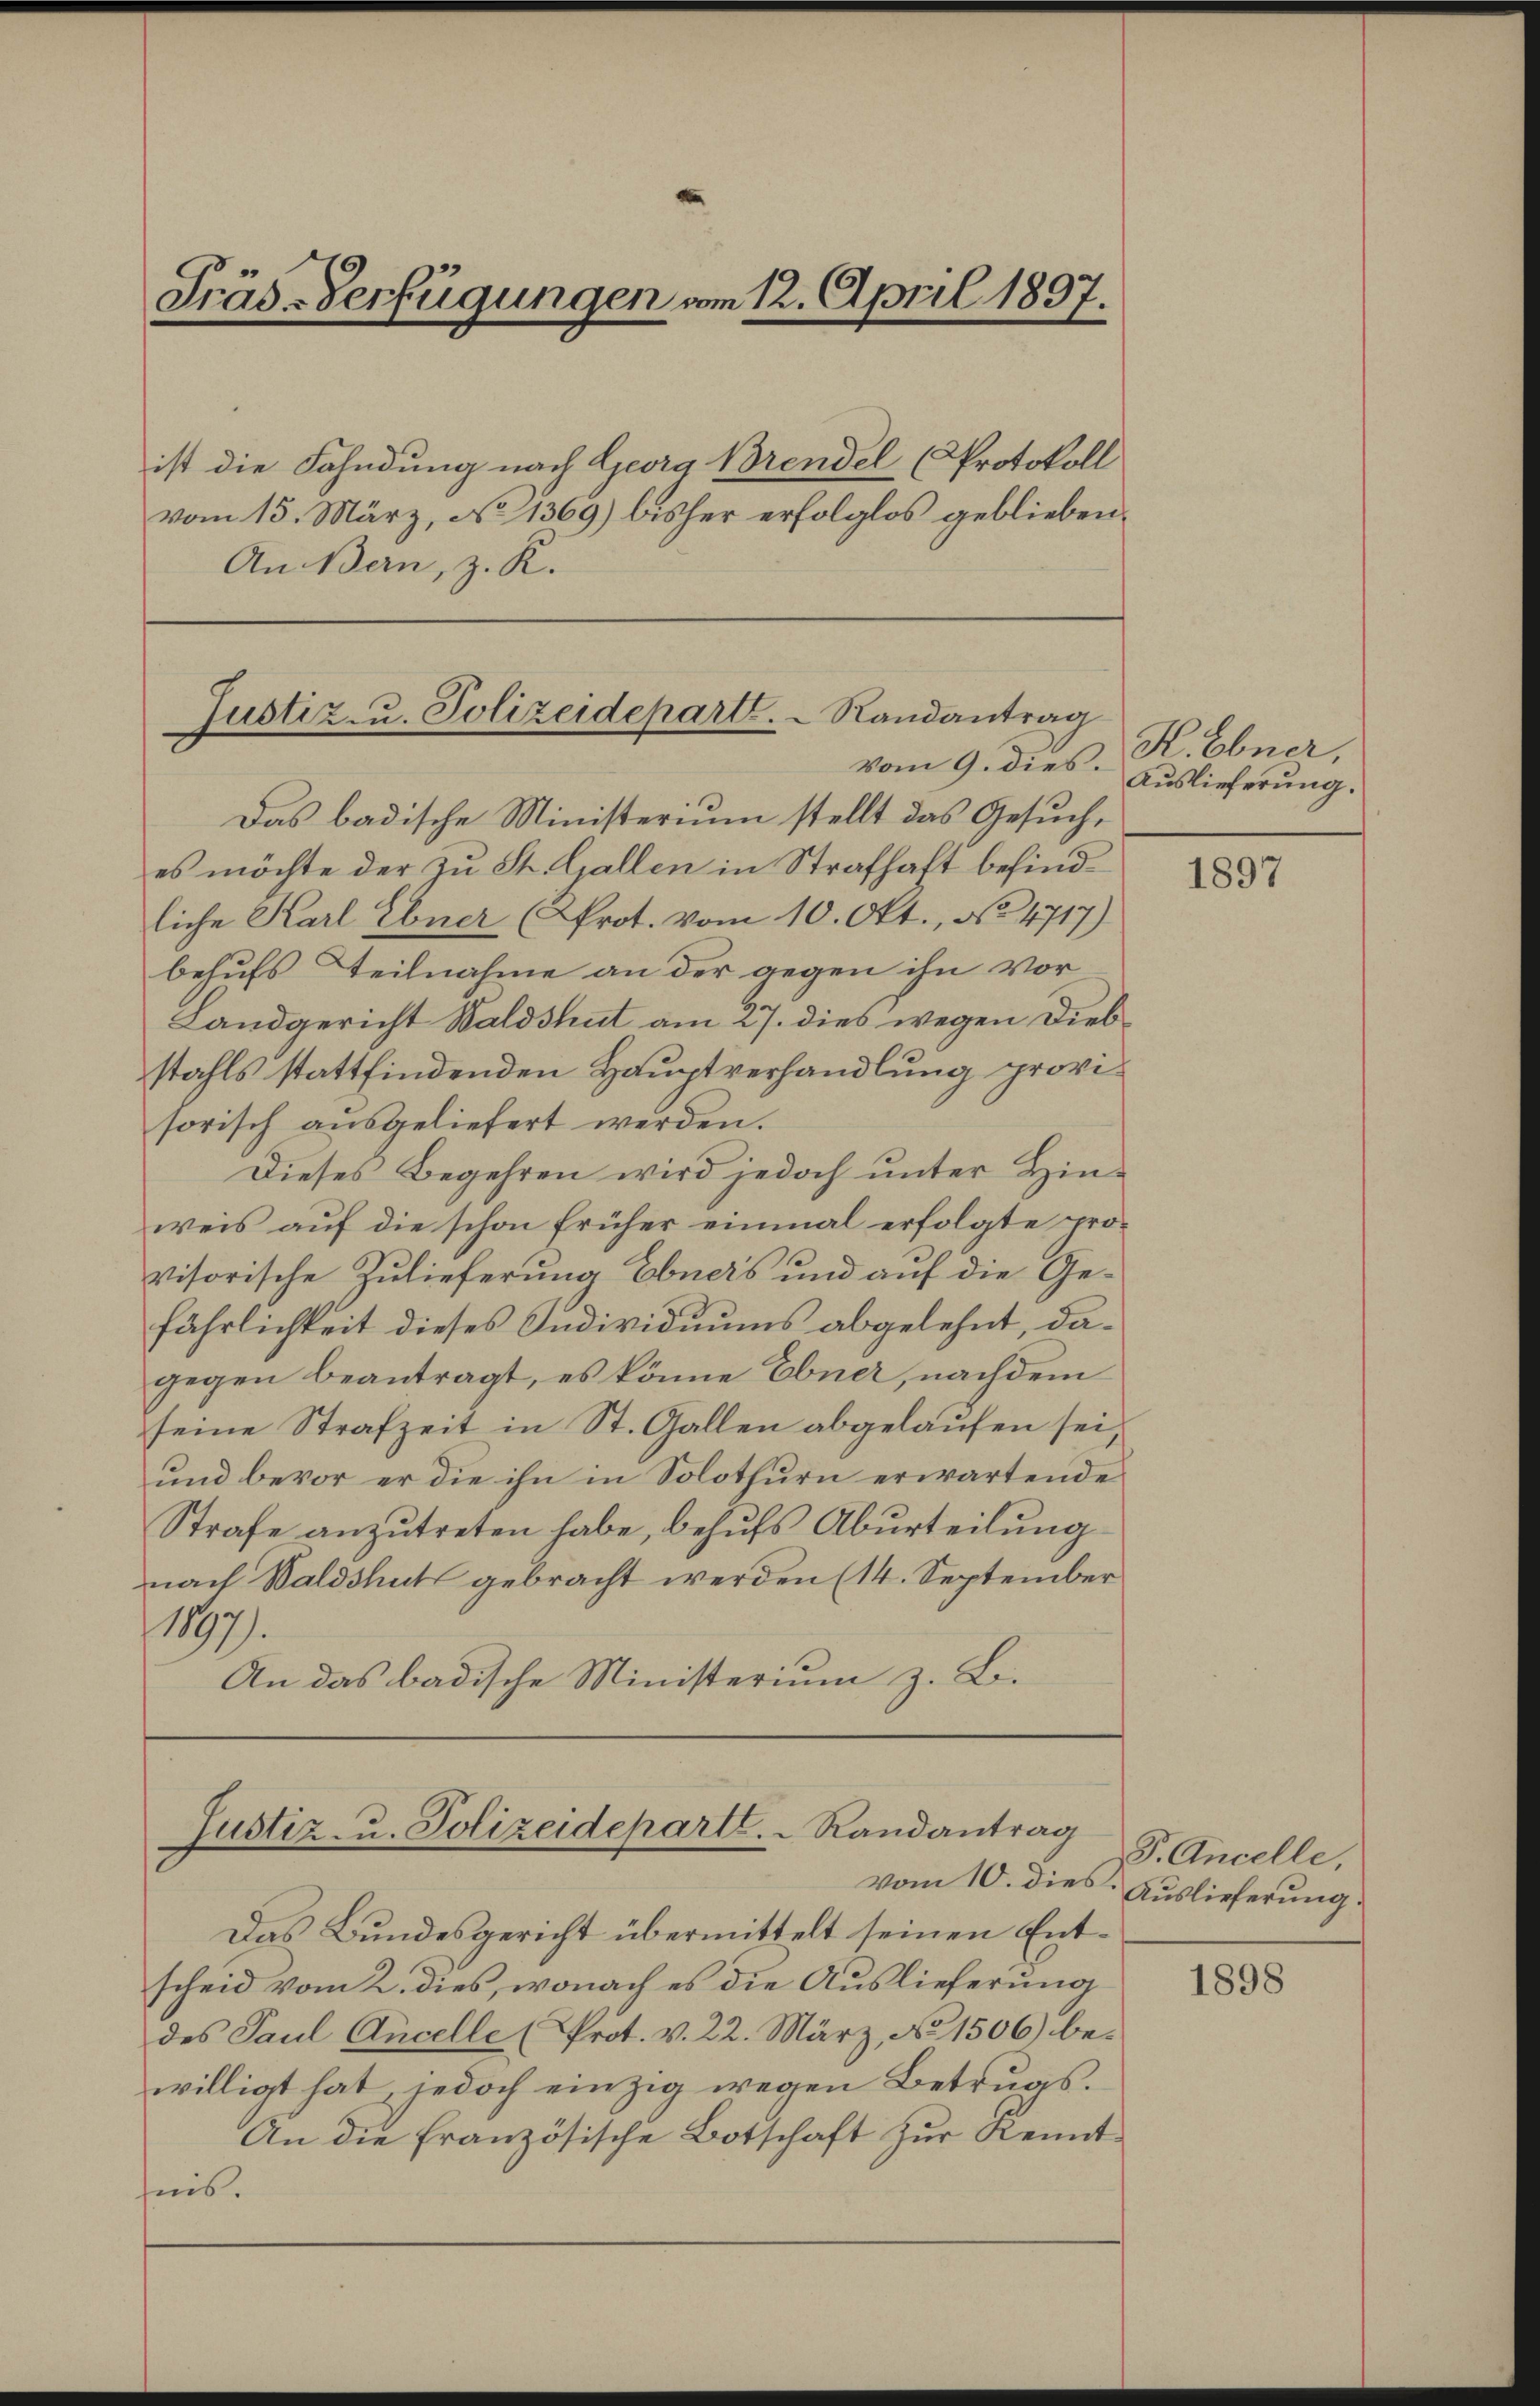
Präs-Verfügungen am 12. April 1897.

ist die Fahndung nach Georg Brendel (Protokoll
vom 15. März, No 1369) bisher erfolglos geblieben.
An Bern, z. K.

Justiz- u. Polizeidepart.   Randantrag
vom 9. dies.

Justiz- u. Polizeideparte.   Randantrag

K.Ebner,
Auslieferung.

Das badische Ministerium stellt das Gesuch,
es möchte der zu St. Gallen in Strafhaft befindliche Karl Ebner (Prot. vom 10. Okt., No 4717)
behufs Teilnahme an der gegen ihn vor
Landgericht Waldshut am 27. dies wegen Diebstahls stattfindenden Hauptverhandlung provisorisch ausgeliefert werden.
Dieses Begehren wird jedoch unter Hinweis auf die schon früher einmal erfolgte provisorische Zulieferung Ebners und auf die Gefährlichkeit dieses Individuums abgelehnt, dagegen beantragt, es könne Ebner, nachdem
seine Strafzeit in St. Gallen abgelaufen sei,
und bevor er die ihn in Solothurn erwartende
Strafe anzŭtreten habe, behŭfs Abŭrteilŭng
nach Waldshut gebracht werden (14. September
1197.
An das badische Ministerium z. B.

Das Bundesgericht übermittelt seinen Entscheid vom 2. dies, wonach es die Auslieferung
des Paul Ancelle (Prot. v. 22. März, No 1506) bewilligt hat, jedoch einzig wegen Betrugs.
An die französische Botschaft zŭr Kenntnis.

1897

F. Ancelle,
vom 10. dies Auslieferung.

1898